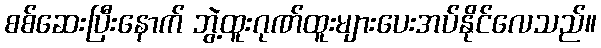
စစ်ဆေးပြီးနောက် ဘွဲ့ထူးဂုဏ်ထူးများပေးအပ်နိုင်လေသည်။